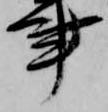
事